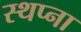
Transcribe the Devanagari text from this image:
स्थप्ना